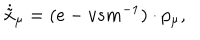
LaTeX: \dot { \tilde { x } } _ { \mu } = ( e - v s m ^ { - 1 } ) \cdot p _ { \mu } ,